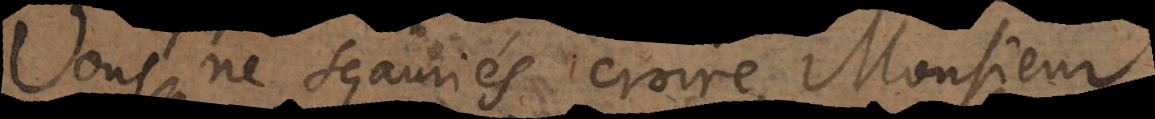
Vous ne sçauriés croire, Monsieur,